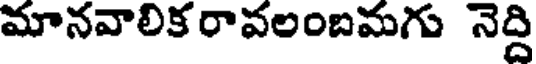
మానవాలిక రావలంబమగు నెద్ది